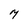
Character: M